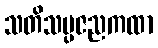
သတိသမ္ပဇညကထာ